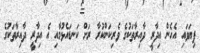
ފިޔަވައި އެހެން އިދާރީ ދާއިރާތަކުގެ ވެރިކަންކުރާ ރަށް ކަނޑައެޅުމާއި އެ އިދާރީ ދާއިރާތަކުގެ